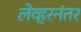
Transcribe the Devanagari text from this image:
लेव्हरनंतर